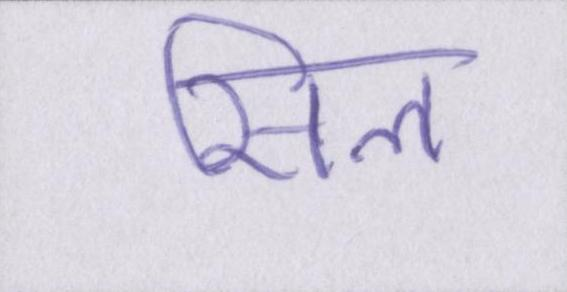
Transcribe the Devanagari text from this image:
सिल